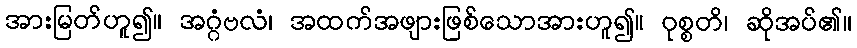
အားမြတ်ဟူ၍။ အဂ္ဂံဗလံ၊ အထက်အဖျားဖြစ်သောအားဟူ၍။ ဝုစ္စတိ၊ ဆိုအပ်၏။